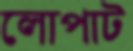
লোপাট